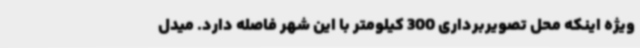
ویژه اینکه محل تصویربرداری 300 کیلومتر با این شهر فاصله دارد. میدل